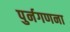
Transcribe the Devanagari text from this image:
पुर्नगणना